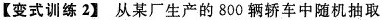
【变式训练2】从某厂生产的800辆轿车中随机抽取